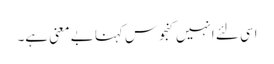
اسی لئے انہیں کنجوس کہنا بے معنی ہے۔